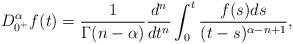
LaTeX: \begin{align*}D_{0^+}^{\alpha}f(t)=\frac{1}{\Gamma(n-\alpha)}\frac{d^{n}}{dt^{n}}\int_{0}^{t}\frac{f(s)ds}{(t-s)^{\alpha-n+1}},\end{align*}